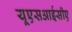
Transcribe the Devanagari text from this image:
यूएसआईसीए